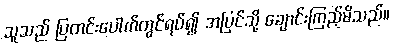
သူသည် ပြတင်းပေါက်တွင်ရပ်၍ အပြင်သို့ ချောင်းကြည့်မိသည်။